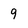
Character: 9